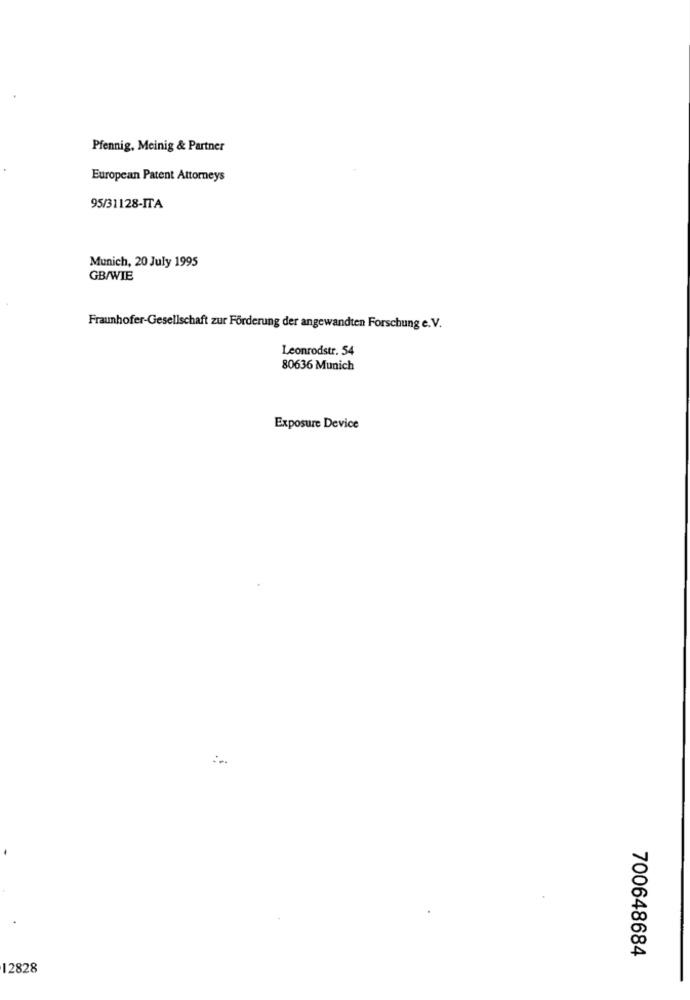
Pfennig, Meinig & Partner
European Patent Attorneys
95/31128-ITA
Munich, 20 July 1995
GB/WIE
Fraunhofer-Gesellschaft zur Förderung der angewandten Forschung e.V.
Leonrodstr. 54
80636 Munich
Exposure Device
700648684
12828